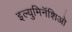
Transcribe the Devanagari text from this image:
इल्युमिनॅशिओ